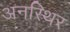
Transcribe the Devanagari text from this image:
अनस्थिर